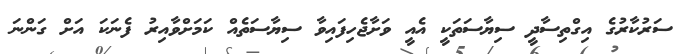
ސަރުކާރުގެ އިގްތިސާދީ ސިޔާސަތަކީ އެއީ ވަށާޖެހިފައިވާ ސިޔާސަތެއް ކަމަށްވާއިރު ފެނަކަ އަށް ގަންނަ